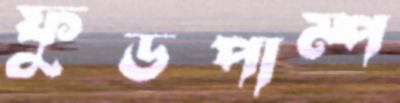
ফুডপাম্প